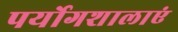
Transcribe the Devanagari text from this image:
पर्योगशालाएं